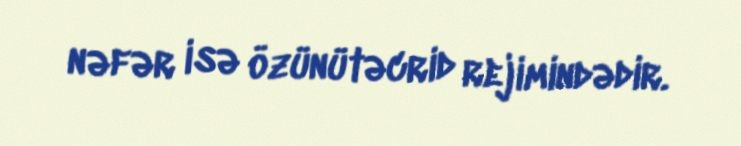
nəfər isə özünütəcrid rejimindədir.